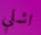
اشلي